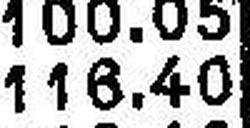
116.40